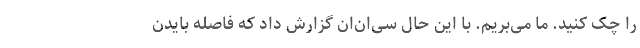
را چک کنید. ما می‌بریم. با این حال سی‌ان‌ان گزارش داد که فاصله بایدن